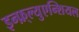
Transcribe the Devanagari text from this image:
इन्फ़्ल्युएन्शियल